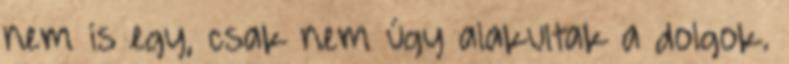
nem is egy, csak nem úgy alakultak a dolgok.